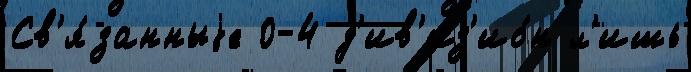
Св'я́занныjе 0-4 д'ив'из'ио́н л'ишь